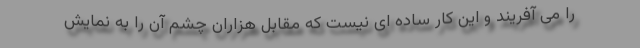
را می آفریند و این کار ساده ای نیست که مقابل هزاران چشم آن را به نمایش